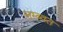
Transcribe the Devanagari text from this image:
लम्ब्वत